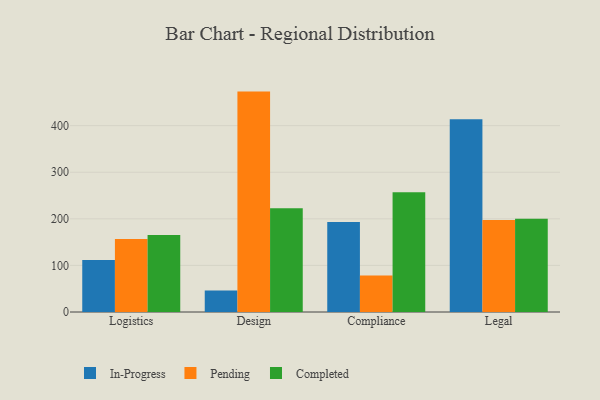
{"axis": {"x": "Department", "y": "Population (Million)"}, "legend": ["Completed", "In-Progress", "Pending"], "data": [{"x": "Logistics", "y": 111.6, "type": "In-Progress"}, {"x": "Logistics", "y": 156.9, "type": "Pending"}, {"x": "Logistics", "y": 165.4, "type": "Completed"}, {"x": "Design", "y": 46.0, "type": "In-Progress"}, {"x": "Design", "y": 473.1, "type": "Pending"}, {"x": "Design", "y": 222.9, "type": "Completed"}, {"x": "Compliance", "y": 193.3, "type": "In-Progress"}, {"x": "Compliance", "y": 78.5, "type": "Pending"}, {"x": "Compliance", "y": 257.3, "type": "Completed"}, {"x": "Legal", "y": 413.6, "type": "In-Progress"}, {"x": "Legal", "y": 197.7, "type": "Pending"}, {"x": "Legal", "y": 200.4, "type": "Completed"}]}